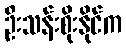
ဦးသန်းစိုးနိုင်က